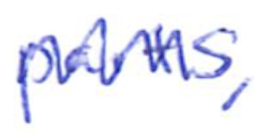
Text: parts,
Cross-out: zig-zag
Writing tool: ballpoint